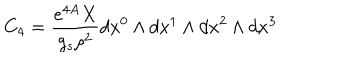
LaTeX: C _ { 4 } = \frac { e ^ { 4 A } X } { g _ { s } \rho ^ { 2 } } d x ^ { 0 } \wedge d x ^ { 1 } \wedge d x ^ { 2 } \wedge d x ^ { 3 }